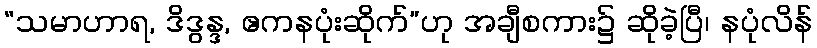
“သမာဟာရ, ဒိဒွန္ဒ, ဧကနပုံးဆိုက်”ဟု အချီစကား၌ ဆိုခဲ့ပြီ၊ နပုံလိန်